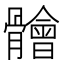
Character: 䯤